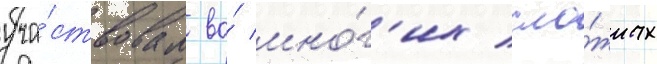
уча́ствовал во́ мно́г'их сло́жных